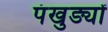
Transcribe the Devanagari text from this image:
पंखुङ्यों